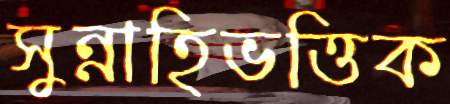
সুন্নাহিভত্তিক